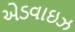
એડવાઇઝ